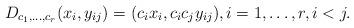
LaTeX: \begin{align*}D_{c_1,\dots,c_r}(x_i, y_{ij}) = (c_ix_i, c_ic_jy_{ij}), i=1,\dots,r, i<j.\end{align*}